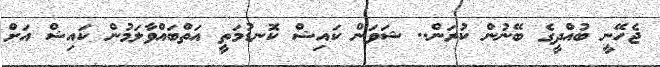
ޖެހޭނީ ބުއްދީގެ ބޭނުން ކުރަން.. ޝަވަން ކައިޝް ކޮނޑުމަތީ އަތްބައްވާލަމުން ކައިޝް އަށް